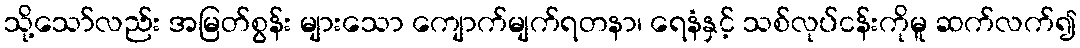
သို့သော်လည်း အမြတ်စွန်း များသော ကျောက်မျက်ရတနာ၊ ရေနံနှင့် သစ်လုပ်ငန်းကိုမူ ဆက်လက်၍